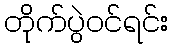
တိုက်ပွဲဝင်ရင်း